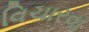
વિચારવા